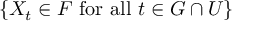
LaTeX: \{ X _ { t } \in F { \mathrm { ~ f o r ~ a l l ~ } } t \in G \cap U \}